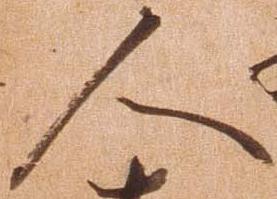
人